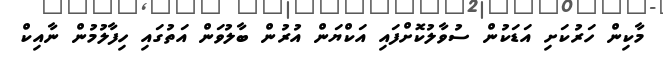
މާކިން ހަރުކަށި އަޑަކުން ސުވާލުކޮށްފައި އަކްޔަން އުރުން ބާލުވަން އަތުގައި ހިފާލުމުން ނާއިކް